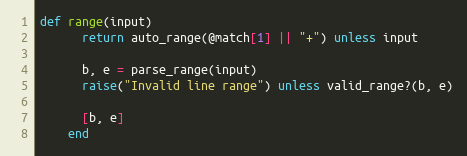
Language: Ruby
def range(input)
      return auto_range(@match[1] || "+") unless input

      b, e = parse_range(input)
      raise("Invalid line range") unless valid_range?(b, e)

      [b, e]
    end